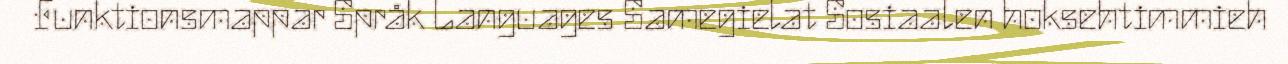
Funktionsmappar Språk Languages Samegielat Sosiaalen hoksehtimmieh